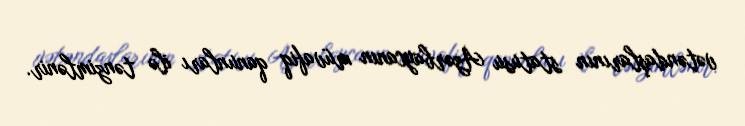
vətəndaşlarının statusu Azərbaycanın müvafiq qanunları ilə tənzimlənir.